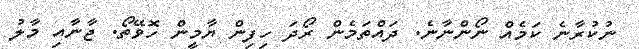
ނުކުރާނެ ކަމެއް ނޯންނާނެ. ދައްތަމެން ރޯދަ ހިފިން ޔާމީން ހޮވޭތޯ. ޖާނާއި މާލު